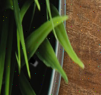
٠